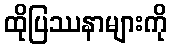
ထိုပြဿနာများကို